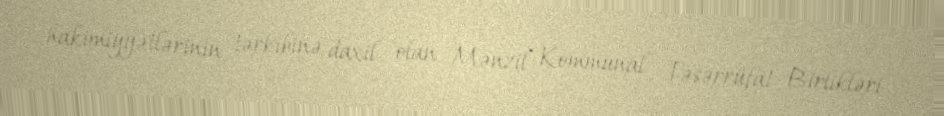
hakimiyyətlərinin tərkibinə daxil olan Mənzil Kommunal Təsərrüfat Birlikləri